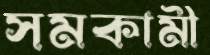
সমকামী